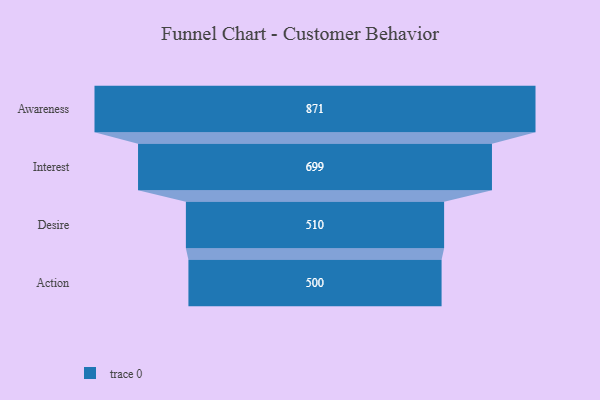
{"axis": {"x": "Stage", "y": "Value"}, "legend": [""], "data": [{"x": "Awareness", "y": 871.0, "type": ""}, {"x": "Interest", "y": 699.0, "type": ""}, {"x": "Desire", "y": 510.0, "type": ""}, {"x": "Action", "y": 500, "type": ""}]}